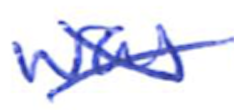
Text: was
Cross-out: cross
Writing tool: ballpoint